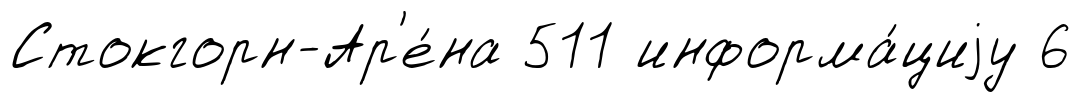
Стокгорн-Ар'е́на 511 информа́циjу 6